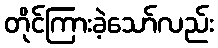
တိုင်ကြားခဲ့သော်လည်း